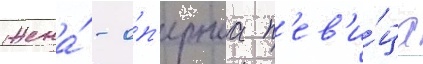
Жена́ - о́п'ернаа п'ев'и́ца